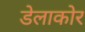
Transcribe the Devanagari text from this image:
डेलाकोर